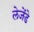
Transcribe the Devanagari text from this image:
लेजेंडे